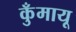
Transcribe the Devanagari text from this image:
कुँमायू